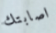
اصابتك